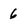
Character: 6